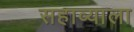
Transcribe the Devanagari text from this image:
सहाव्याला